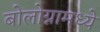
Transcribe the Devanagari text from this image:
बोलोग्नामध्ये